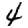
Digit: 4